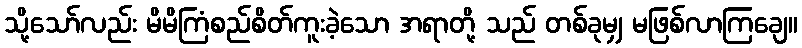
သို့သော်လည်း မိမိကြံစည်စိတ်ကူးခဲ့သော အရာတို့ သည် တစ်ခုမျှ မဖြစ်လာကြချေ။